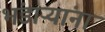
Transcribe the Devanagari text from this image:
भंडाऱ्यांना